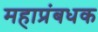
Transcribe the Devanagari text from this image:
महाप्रंबधक